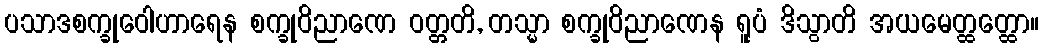
ပသာဒစက္ခုဝေါဟာရေန စက္ခုဝိညာဏေ ဝတ္တတိ, တသ္မာ စက္ခုဝိညာဏေန ရူပံ ဒိသွာတိ အယမေတ္ထတ္ထော။